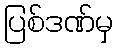
ပြစ်ဒဏ်မှ